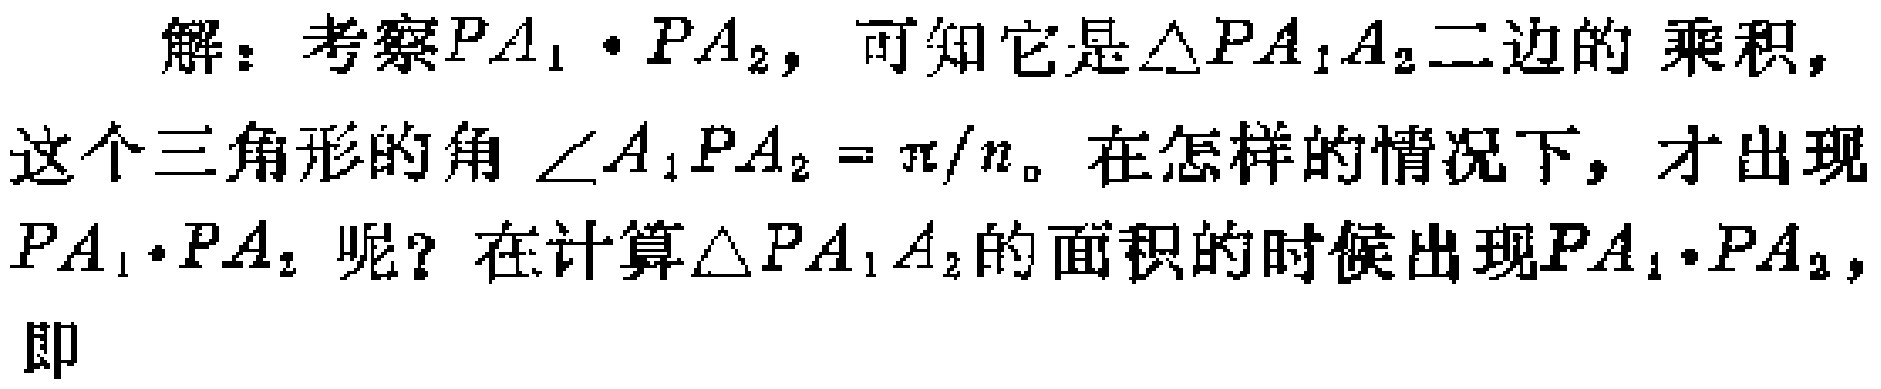
解：考察$PA_1\cdot PA_2$，可知它是$\triangle PA_1A_2$二边的 乘积，这个三角形的角$\angle A_1PA_2 = \pi/n$。在怎样的情况下，才出现$PA_1\cdot PA_2$ 呢？在计算$\triangle PA_1A_2$的面积的时候出现$PA_1\cdot PA_2$，即